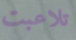
تلاعبت